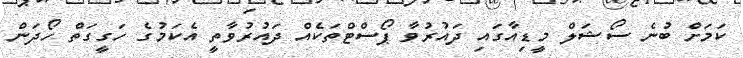
ކަމަށް ބުނެ ސޯޝަލް މީޑިއާގައި ދައުރުވާ ޕޯސްޓްތަކެއް ދައުރުވާތީ އެކަމުގެ ހަގީގަތް ހޯދަން